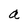
Character: a